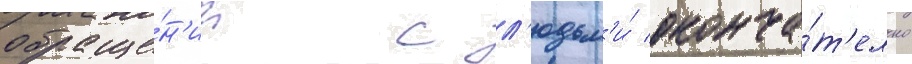
обраще́н'ии с л'юдьм'и́ оконча́т'ельно